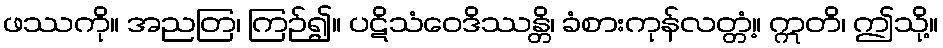
ဖဿကို။ အညတြ၊ ကြဉ်၍။ ပဋိသံဝေဒိဿန္တိ၊ ခံစားကုန်လတ္တံ့။ ဣတိ၊ ဤသို့။